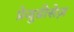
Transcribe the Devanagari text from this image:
प्रेजुडीसेज़